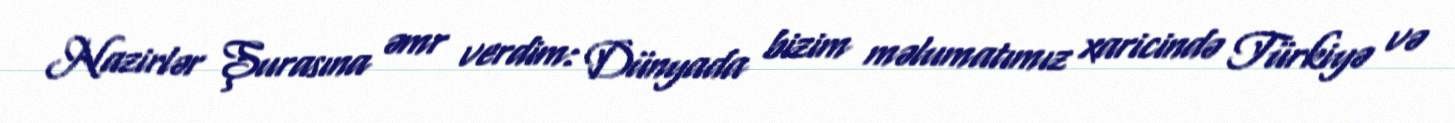
Nazirlər Şurasına əmr verdim: Dünyada bizim məlumatımız xaricində Türkiyə və